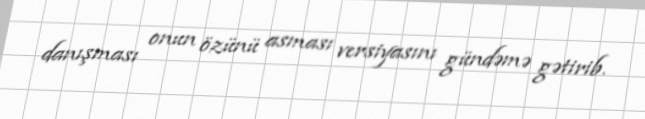
danışması onun özünü asması versiyasını gündəmə gətirib.